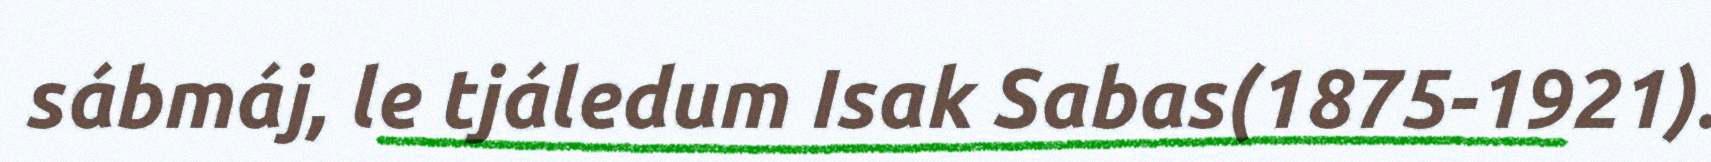
sábmáj, le tjáledum Isak Sabas(1875-1921).